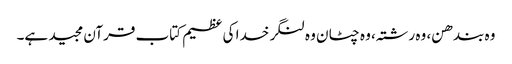
وہ بندھن، وہ رشتہ، وہ چٹان وہ لنگر خدا کی عظیم کتاب قرآن مجید ہے۔